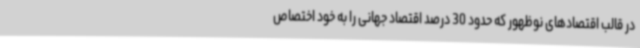
در قالب اقتصادهای نوظهور که حدود 30 درصد اقتصاد جهانی را به خود اختصاص